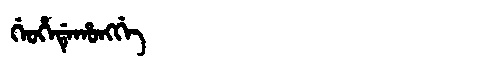
Manchu: ᡤᡝᠣᡥᡝᡩᡝᡥᠣᠩᡤᡝ
Romanization: GEOHEDEHONGGE